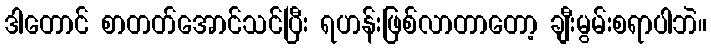
ဒါတောင် စာတတ်အောင်သင်ပြီး ရဟန်းဖြစ်လာတာတော့ ချီးမွမ်းစရာပါဘဲ။